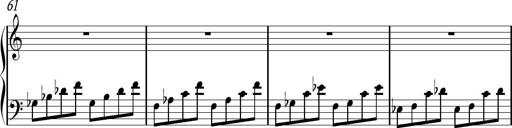
Title: Sonhatina
Composer: Davi Rocha
Key: C major